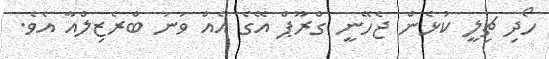
ހޯދި ޗިލީ ކުޅެން ޖެހޭނީ ގްރޫޕް އޭގެ އެއް ވަނަ ބްރެޒިލްއާ އެވެ.